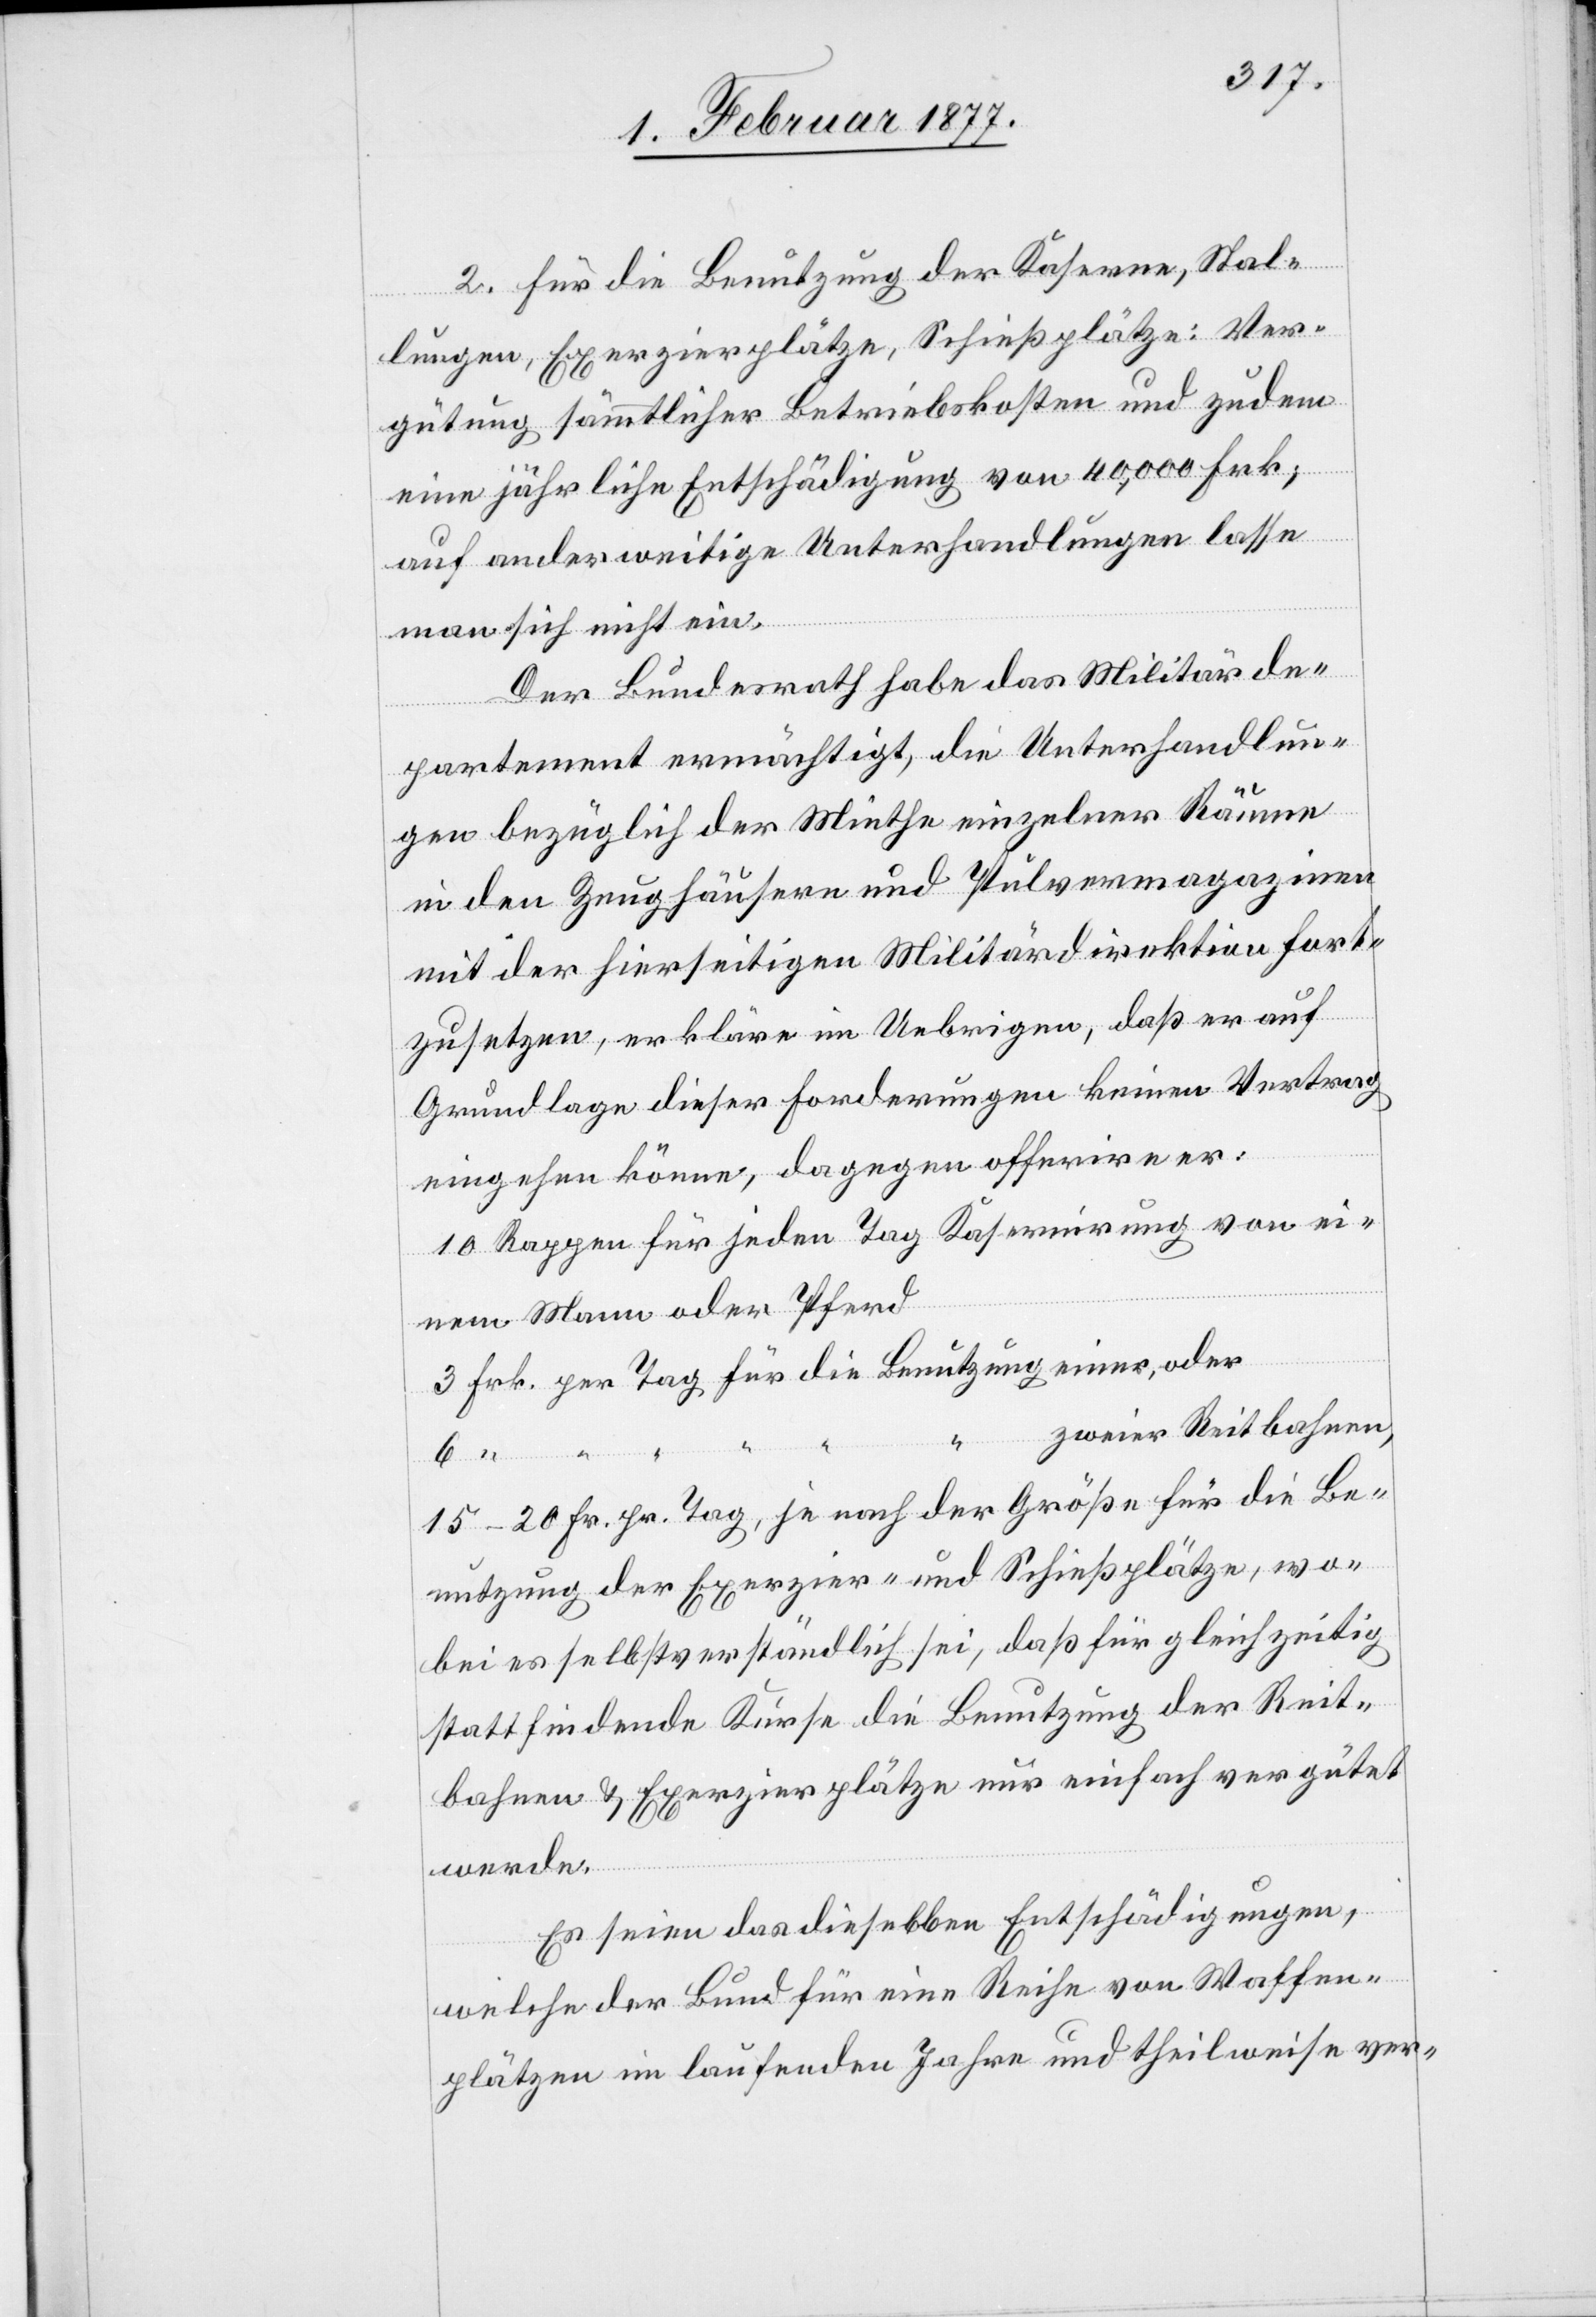
“
2. für die Benutzung der Kaserne, Stal¬
lungen Exerzirplätze, Schießplatze: Ver¬
gütung sämmtlicher Betriebskosten und zudem
eine jährliche Entschädigung von 40,000 Frk;
auf anderweitige Unterhandlungen lasse
man sich nicht ein.
Der Bundesrath habe das Militärde¬
partement ermächtigt, die Unterhandlun¬
gen bezüglich der Miethe einzelner Räume
in den Zeughäusern und Pulvermagazinen
mit der hierseitigen Militärdirektion fort¬
zusetzen, erkläre im Uebrigen, daß er auf
Grundlage dieser Forderungen keinen Vertrag
eingehen könne, dagegen offerire er:
10 Rappen für jeden Tag Kasernirung von ei¬
nem Mann oder Pferd
zweier Reitbahnen,
oder
6
ung
15–20 Rp. pr. Tag, je nach der Größe für die Be¬
nutzung der Exerzir- und Schießplätze, wo¬
bei es selbstverständlich sei, daß für gleichzeitig
stattfindende Kurse die Benutzung der Reit¬
bahnen & Exerzirplätze nur einfach vergütet
die
werde.
Es seien das dieselben Entschädigungen,
welche der Bund für eine Reihe von Waffen¬
plätzen im laufenden Jahre und theilweise ver-